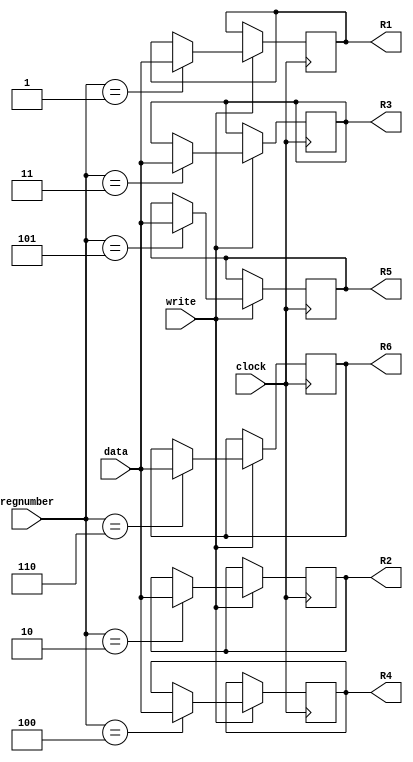
/*
	CEFET-MG
	Disciplina de Laboratrio de Arquitetura e Organizao de Computadores II
	Data: 11/01/2022
	Aluno: Fernando Veizaga e Alanis Castro
*/

module bancoRegs(clock, data, regnumber, write, R1, R2, R3, R4, R5, R6);
	
	input clock, write;
	input [15:0] data;
	input [3:0] regnumber;
	output reg [15:0] R1, R2, R3, R4, R5, R6;
	
	initial begin
		R1 = 1;
		R2 = 2;
		R3 = 3;
		R4 = 3;
		R5 = 0;
		R6 = 0;
	end
	
	always@(posedge clock)
	begin
		if(write == 1'b1)
		begin
			case(regnumber)
				4'b0001: R1 = data;
				4'b0010: R2 = data;
				4'b0011: R3 = data;
				4'b0100: R4 = data;
				4'b0101: R5 = data;
				4'b0110: R6 = data;
			endcase
		end
	end
	
endmodule